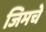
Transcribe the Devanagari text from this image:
जिमचे